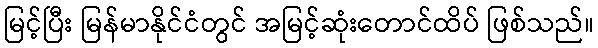
မြင့်ပြီး မြန်မာနိုင်ငံတွင် အမြင့်ဆုံးတောင်ထိပ် ဖြစ်သည်။